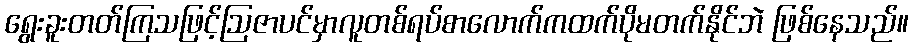
ရွေးခူးတတ်ကြသဖြင့်ဩဇာပင်မှာလူတစ်ရပ်စာလောက်ကထက်ပိုမတက်နိုင်ဘဲ ဖြစ်နေသည်။